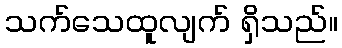
သက်သေထူလျက် ရှိသည်။